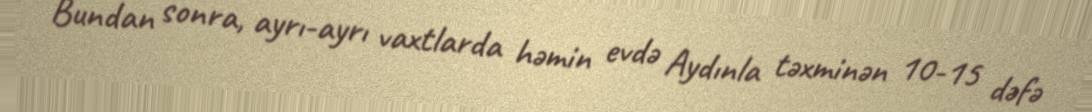
Bundan sonra, ayrı-ayrı vaxtlarda həmin evdə Aydınla təxminən 10-15 dəfə